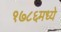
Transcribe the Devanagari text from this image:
१७८६मध्ये